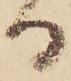
る